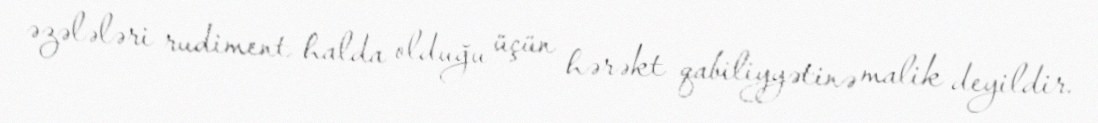
əzələləri rudiment halda olduğu üçün hərəkt qabiliyyətinə malik deyildir.